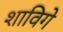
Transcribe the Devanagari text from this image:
शाविगे